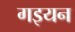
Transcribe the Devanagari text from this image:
गइयन